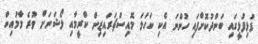
ފުޅިފުޅީގައި ބަންދުކޮށްފައި ހުންނަ އެކި ކަހަލަ މޮއިސްޗަރައިޒިން ކްރީމާއި ލޯޝަނަށް ވުރެ މާމުއިން